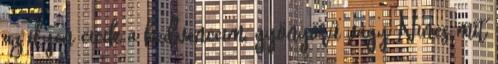
az ilyen cicik a kedvenceim, gyönyörű vagy Nincs mit